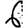
Digit: 6